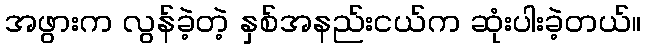
အဖွားက လွန်ခဲ့တဲ့ နှစ်အနည်းငယ်က ဆုံးပါးခဲ့တယ်။